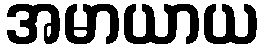
အမာယာယ